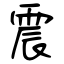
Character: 震